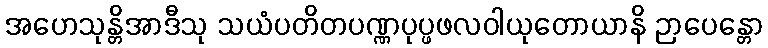
အဟေသုန္တိအာဒီသု သယံပတိတပဏ္ဏပုပ္ဖဖလဝါယုတောယာနိ ဉာပေန္တော